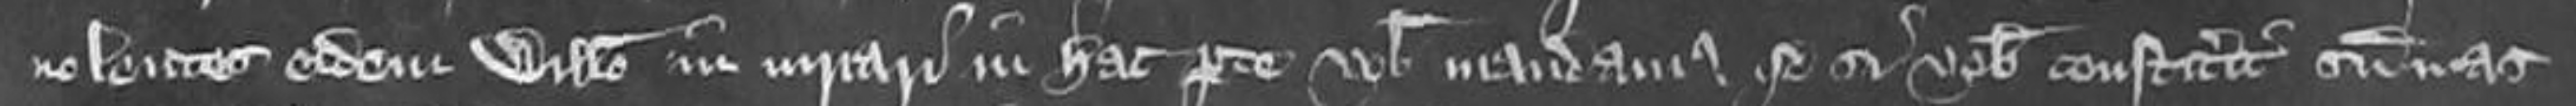
nolentes eidem Willelmo iniuriari in hac parte vobis mandamus quo si vobis constiterit summas